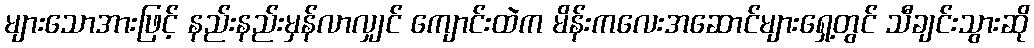
များသောအားဖြင့် နည်းနည်းမှန်လာလျှင် ကျောင်းထဲက မိန်းကလေးအဆောင်များရှေ့တွင် သီချင်းသွားဆို